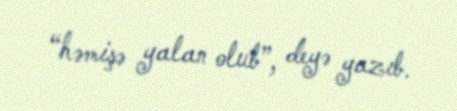
“həmişə yalan olub”, deyə yazıb.